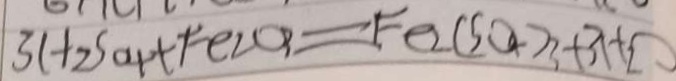
3 H _ { 2 } S O _ { 4 } + F e _ { 2 } 0 _ { 3 } = F e _ { 2 } ( S O _ { 4 } ) _ { 3 } + 3 H _ { 2 } O